Lunatic asylums Bombay report 1891-1903 - 1891-1903
Year: 1891
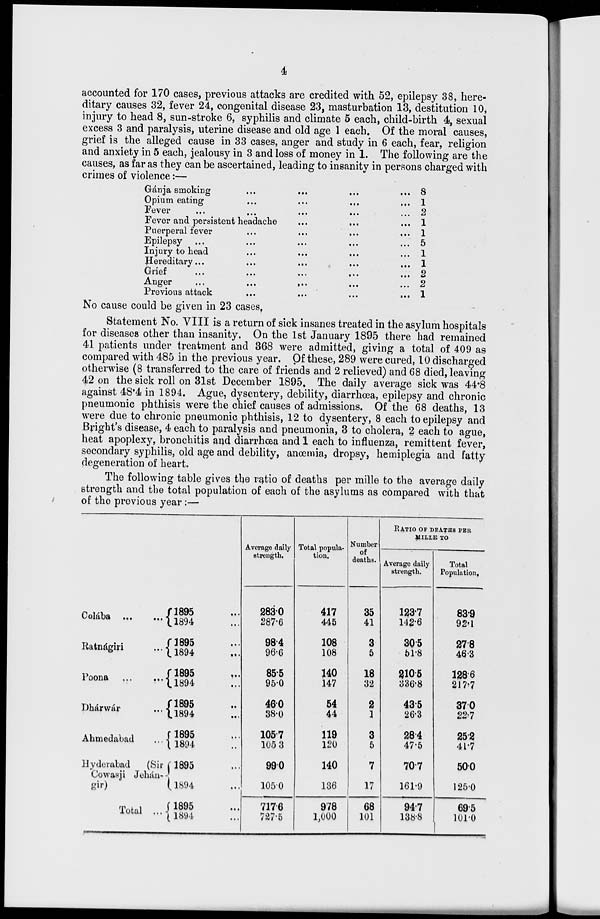
4
accounted for 170 cases, previous attacks are credited with 52, epilepsy 38, here-
ditary causes 32, fever 24, congenital disease 23, masturbation 13, destitution 10,
injury to head 8, sun-stroke 6, syphilis and climate 5 each, child-birth 4, sexual
excess 3 and paralysis, uterine disease and old age 1 each. Of the moral causes,
grief is the alleged cause in 33 cases, anger and study in 6 each, fear, religion
and anxiety in 5 each, jealousy in 3 and loss of money in 1. The following are the
causes, as far as they can be ascertained, leading to insanity in persons charged with
crimes of violence :—
Gánja smoking ... ... ... ...
Opium eating
...
...
...
...
Fever
...
...
...
...
...
Fever and persistent headache ... ... ...
Puerperal fever ... ... ... ...
Epilepsy ... ... ... ... ...
Injury to head ... ... ... ...
Hereditary ... ... ... ... ...
Grief
...
...
...
...
...
Anger
...
...
...
...
...
Previous attack
...
...
...
...
8
1
2
1
1
5
1
1
2
2
1
No cause could be given in 23 cases.
Statement No. VIII is a return of sick insanes treated in the asylum hospitals
for diseases other than insanity. On the 1st January 1895 there had remained
41 patients under treatment and 368 were admitted, giving a total of 409 as
compared with 485 in the previous year. Of these, 289 were cured, 10 discharged
otherwise (8 transferred to the care of friends and 2 relieved) and 68 died, leaving
42 on the sick roll on 31st December 1895. The daily average sick was 44.8
against 48.4 in 1894. Ague, dysentery, debility, diarrhoea, epilepsy and chronic
pneumonic phthisis were the chief causes of admissions. Of the 68 deaths, 13
were due to chronic pneumonic phthisis, 12 to dysentery, 8 each to epilepsy and
Bright's disease, 4 each to paralysis and pneumonia, 3 to cholera, 2 each to ague,
heat apoplexy, bronchitis and diarrhœa and 1 each to influenza, remittent fever,
secondary syphilis, old age and debility, anœmia, dropsy, hemiplegia and fatty
degeneration of heart.
The following table gives the ratio of deaths per mille to the average daily
strength and the total population of each of the asylums as compared with that
of the previous year :—
Colába ...
...
Ratnágiri
...
Poona ...
...
Dhárwár
...
Ahmedabad ...
Hyderabad
(Sir
Cowasji Jehán-
gir)
Total ...
1895 ...
1894 ...
1895 ...
1894 ...
1895 ...
1894 ...
1895 ...
1894 ...
1895 ...
1894 ...
1895 ...
l894 ...
1895 ...
1894 ...
Average daily
strength.
283.0
287.6
98.4
96.6
85.5
95.0
46.0
38.0
105.7
105.3
99.0
105.0
717.6
727.5
Total popula-
tion.
417
445
108
108
140
147
54
44
119
120
140
136
978
1,000
Number
of
deaths.
35
41
3
5
18
32
2
1
3
5
7
17
68
101
RATIO OF DEATHS PER
MILLE TO
Average daily
strength.
123.7
142.6
30.5
51.8
210.5
336.8
43.5
26.3
28.4
47.5
70.7
161.9
94.7
138.8
Total
Population.
83.9
92.1
27.8
46.3
128.6
217.7
37.0
22.7
25.2
41.7
50.0
125.0
69.5
101.0